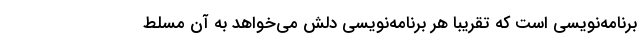
برنامه‌نویسی است که تقریبا هر برنامه‌نویسی دلش می‌خواهد به آن مسلط